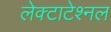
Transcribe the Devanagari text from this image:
लेक्टाटेश्नल